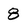
Character: 8